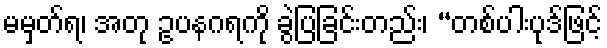
မမှတ်ရ၊ အတု ဥပနဂရကို ခွဲပြခြင်းတည်း၊ “တစ်ပါးပုဒ်ဖြင့်